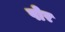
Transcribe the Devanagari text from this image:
षोर